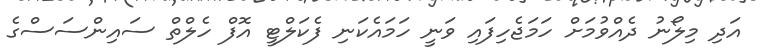
އަދި މިލޯނު ދެއްވުމަށް ހަމަޖެހިފައި ވަނީ ހަމައެކަނި ފެކަލްޓީ އޮފް ހެލްތް ސައިންސަސްގެ